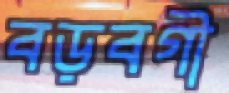
বড়বগী